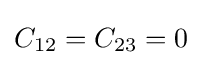
C_{12}=C_{23}=0